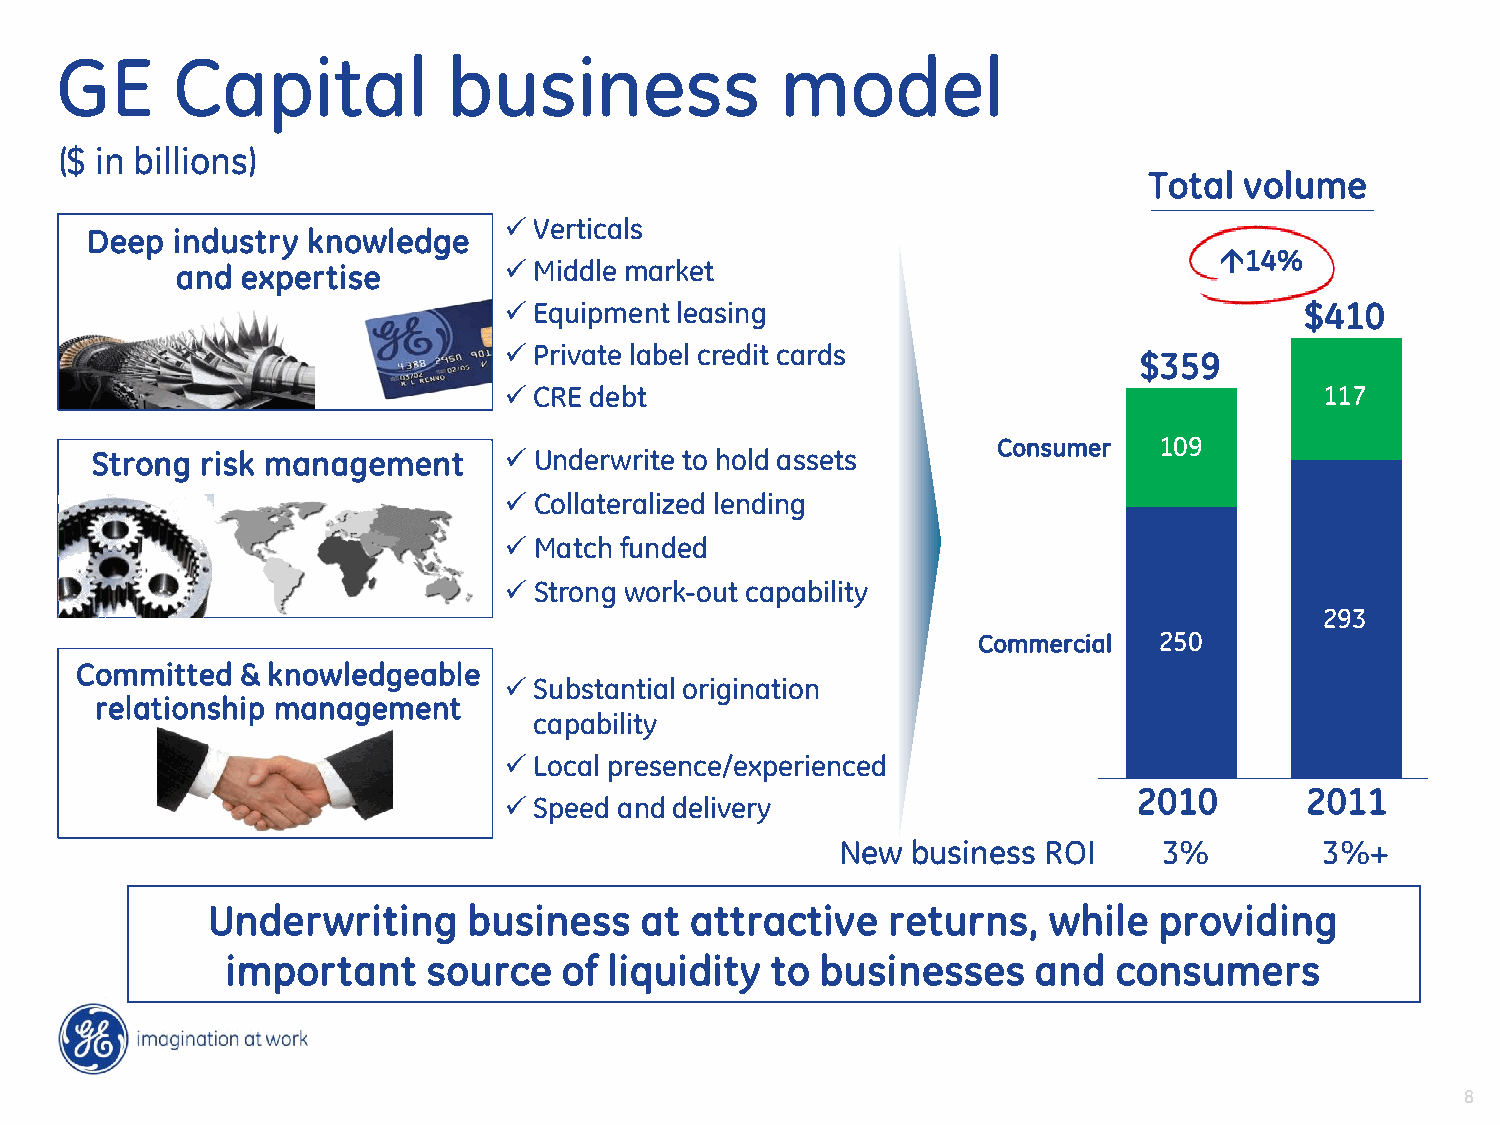
GE     Capital            business              model
 ($ in billions)
 Total volume
 Verticals
 Deep industry knowledge
 14%
 and expertise        Middle market
 Equipment  leasing                                  $410
 Private label credit cards
 $359
 CRE  debt                                             117
 Consumer   109
 Strong risk management     Underwrite to hold assets
  Collateralized lending
  Match funded
  Strong work-out capability
 293
 Commercial  250
 Committed  & knowledgeable
 Substantial origination
 relationship management
 capability
 Local presence/experienced
 2010       2011
 Speed  and delivery
 New business ROI     3%         3%+
 Underwriting     business   at  attractive   returns,  while   providing
 important    source   of liquidity  to businesses     and  consumers
 8